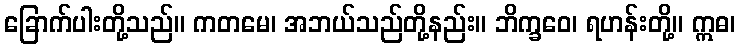
ခြောက်ပါးတို့သည်။ ကတမေ၊ အဘယ်သည်တို့နည်း။ ဘိက္ခဝေ၊ ရဟန်းတို့။ ဣဓ၊